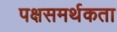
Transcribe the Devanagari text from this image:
पक्षसमर्थकता